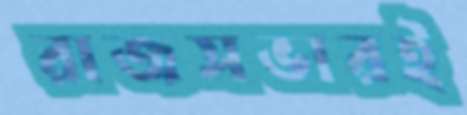
রাজসভারই